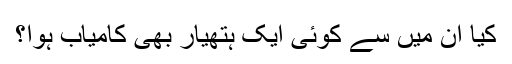
کیا ان میں سے کوئی ایک ہتھیار بھی کامیاب ہوا؟